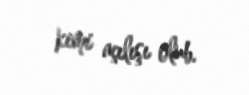
kimi açılışı olub.